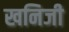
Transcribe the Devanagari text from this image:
खनिजी